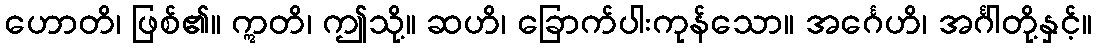
ဟောတိ၊ ဖြစ်၏။ ဣတိ၊ ဤသို့။ ဆဟိ၊ ခြောက်ပါးကုန်သော။ အင်္ဂေဟိ၊ အင်္ဂါတို့နှင့်။